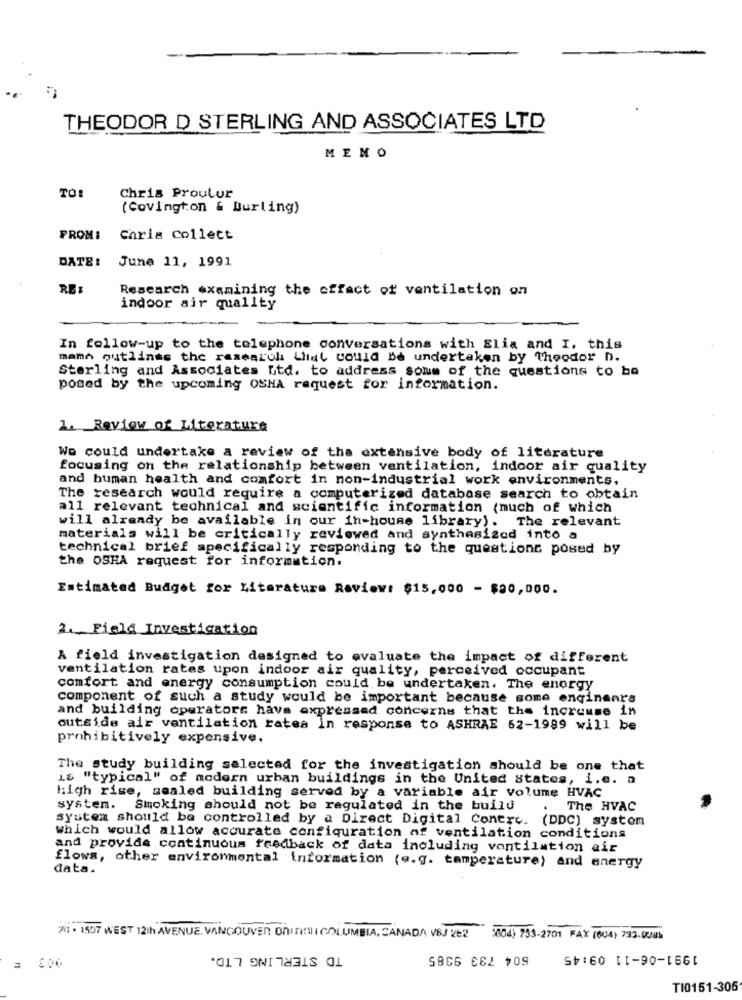
THEODOR D STERLING AND ASSOCIATES LTD
MENO
TO
Chris Proutur
(Covington & Burling)
FROM:
Chris collect
DATE:
June 11, 1991
RE:
Research examining the cffact of ventilation on
indoor air quality
In follow-up to the telephone conversations with Elia and I. this
mamn outlines the researoli Lliat could Be undertaken by Theodor n.
Sterling and Associates Itd. to address some of the questions to be
posed by the upcoming OSHA request for information.
1. Review of Literature
Wo could undertake a review of the extensive body of literature
focusing on the relationship between ventilation, indoor air quality
and human health and comfort in non-industrial work environments.
The research would require a computerized database search to obtain
all relevant technical and scientific information (much of which
will already be available in our in-house library). The relevant
materials will be critically reviewed and synthesized into a
technical brief specifically responding to the questions posed by
the OSHA request for information.
Estimated Budget for Literature Review: $15,000 - $20,000.
2. Field Investigation
A field investigation designed to evaluate the impact of different
ventilation rates upon indoor air quality, perceived occupant
comfort and energy consumption could be undertaken. The energy
component of such a study would be important because some enginenrs
and building operatore have expressed concerns that the increuse in
outside air ventilation rates In response to ASHRAE 62-1989 will be
prohibitively expensive.
The study building selected for the investigation should be one that
is "typical" of modern urban buildings in the United states, i.e. a
high rise, sealed building served by a variable air volume HVAC
system. Smoking should not be regulated in the build
The HVAC
System should be controlled by a Direct Digital Contre. (DDC) system
Which would allow accurate configuration of ventilation conditions
and provide continuous feedback of data including vontilation air
data.
flows, other environmental information (e.g. temperature) and energy
/1 · 1507 WEST 12th AVENUE. VANCOUVER DNINGII COLUMBIA, CANADA VBJ 222 :004) 733-2701 FAX (804) 733.008
TD STERLING LTD.
604 733 9385
TI0151-306